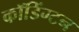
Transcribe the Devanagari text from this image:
कॉडिंग्टन